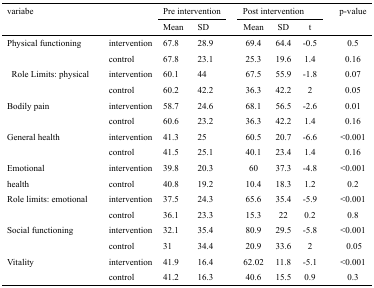
<table><thead><tr><td rowspan="3" colspan="2"><b>variabe</b></td><td colspan="2"><b>Pre intervention</b></td><td colspan="3"><b>Post intervention</b></td><td rowspan="3"><b>p-value</b></td></tr><tr><td><b>Mean</b></td><td><b>SD</b></td><td><b>Mean</b></td><td><b>SD</b></td><td><b>t</b></td></tr></thead><tbody><tr><td rowspan="2">Physical functioning</td><td>intervention</td><td>67.8</td><td>28.9</td><td>69.4</td><td>64.4</td><td>-0.5</td><td>0.5</td></tr><tr><td>control</td><td>67.8</td><td>23.1</td><td>25.3</td><td>19.6</td><td>1.4</td><td>0.16</td></tr><tr><td rowspan="2">Role Limits: physical</td><td>intervention</td><td>60.1</td><td>44</td><td>67.5</td><td>55.9</td><td>-1.8</td><td>0.07</td></tr><tr><td>control</td><td>60.2</td><td>42.2</td><td>36.3</td><td>42.2</td><td>2</td><td>0.05</td></tr><tr><td rowspan="2">Bodily pain</td><td>intervention</td><td>58.7</td><td>24.6</td><td>68.1</td><td>56.5</td><td>-2.6</td><td>0.01</td></tr><tr><td>control</td><td>60.6</td><td>23.2</td><td>36.3</td><td>42.2</td><td>1.4</td><td>0.16</td></tr><tr><td rowspan="2">General health</td><td>intervention</td><td>41.3</td><td>25</td><td>60.5</td><td>20.7</td><td>-6.6</td><td>&lt;0.001</td></tr><tr><td>control</td><td>41.5</td><td>25.1</td><td>40.1</td><td>23.4</td><td>1.4</td><td>0.16</td></tr><tr><td rowspan="2">Emotional health</td><td>intervention</td><td>39.8</td><td>20.3</td><td>60</td><td>37.3</td><td>-4.8</td><td>&lt;0.001</td></tr><tr><td>control</td><td>40.8</td><td>19.2</td><td>10.4</td><td>18.3</td><td>1.2</td><td>0.2</td></tr><tr><td rowspan="2">Role limits: emotional</td><td>intervention</td><td>37.5</td><td>24.3</td><td>65.6</td><td>35.4</td><td>-5.9</td><td>&lt;0.001</td></tr><tr><td>control</td><td>36.1</td><td>23.3</td><td>15.3</td><td>22</td><td>0.2</td><td>0.8</td></tr><tr><td rowspan="2">Social functioning</td><td>intervention</td><td>32.1</td><td>35.4</td><td>80.9</td><td>29.5</td><td>-5.8</td><td>&lt;0.001</td></tr><tr><td>control</td><td>31</td><td>34.4</td><td>20.9</td><td>33.6</td><td>2</td><td>0.05</td></tr><tr><td rowspan="2">Vitality</td><td>intervention</td><td>41.9</td><td>16.4</td><td>62.02</td><td>11.8</td><td>-5.1</td><td>&lt;0.001</td></tr><tr><td>control</td><td>41.2</td><td>16.3</td><td>40.6</td><td>15.5</td><td>0.9</td><td>0.3</td></tr></tbody></table>